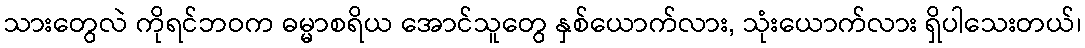
သားတွေလဲ ကိုရင်ဘဝက ဓမ္မာစရိယ အောင်သူတွေ နှစ်ယောက်လား, သုံးယောက်လား ရှိပါသေးတယ်၊